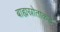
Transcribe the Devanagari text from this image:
बाह्यस्रोताकडे